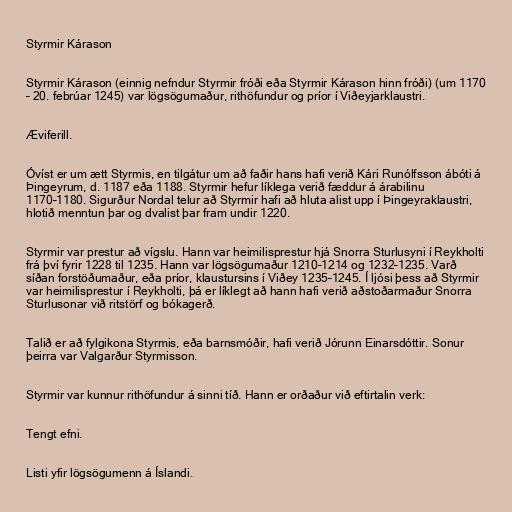
Styrmir Kárason

Styrmir Kárason (einnig nefndur Styrmir fróði eða Styrmir Kárason hinn fróði) (um 1170
– 20. febrúar 1245) var lögsögumaður, rithöfundur og príor í Viðeyjarklaustri.

Æviferill.

Óvíst er um ætt Styrmis, en tilgátur um að faðir hans hafi verið Kári Runólfsson ábóti á
Þingeyrum, d. 1187 eða 1188. Styrmir hefur líklega verið fæddur á árabilinu
1170–1180. Sigurður Nordal telur að Styrmir hafi að hluta alist upp í Þingeyraklaustri,
hlotið menntun þar og dvalist þar fram undir 1220.

Styrmir var prestur að vígslu. Hann var heimilisprestur hjá Snorra Sturlusyni í Reykholti
frá því fyrir 1228 til 1235. Hann var lögsögumaður 1210–1214 og 1232–1235. Varð
síðan forstöðumaður, eða príor, klaustursins í Viðey 1235–1245. Í ljósi þess að Styrmir
var heimilisprestur í Reykholti, þá er líklegt að hann hafi verið aðstoðarmaður Snorra
Sturlusonar við ritstörf og bókagerð.

Talið er að fylgikona Styrmis, eða barnsmóðir, hafi verið Jórunn Einarsdóttir. Sonur
þeirra var Valgarður Styrmisson.

Styrmir var kunnur rithöfundur á sinni tíð. Hann er orðaður við eftirtalin verk:

Tengt efni.

Listi yfir lögsögumenn á Íslandi.